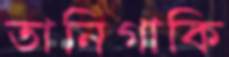
তানিগাকি